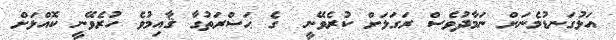
އަޅުގަނޑުމެނަށް ނަމާދުވެސް ރަގަޅަށް ކުރެވޭނީ  ގެ ޙަޟްރަތުގާ ޤާއިމުވެ ހުރެވޭނީ ކޮއްޅަށް